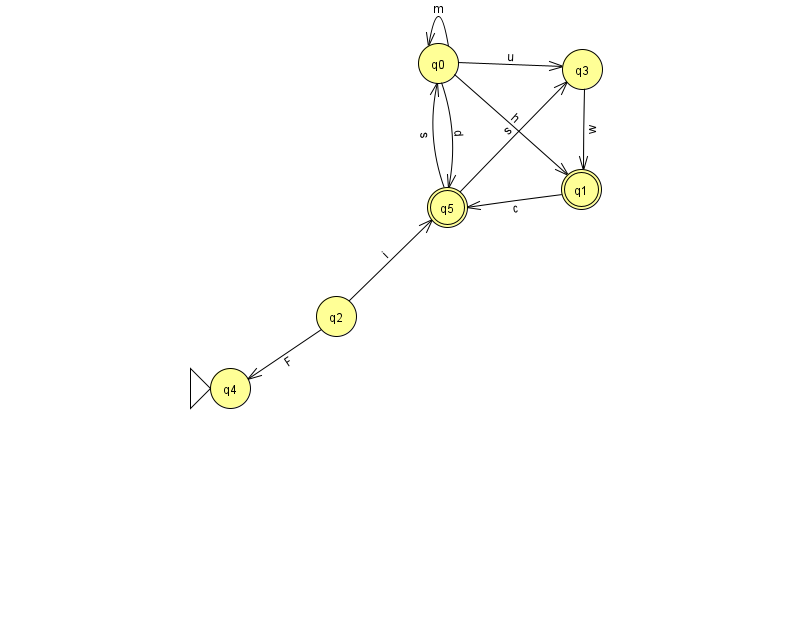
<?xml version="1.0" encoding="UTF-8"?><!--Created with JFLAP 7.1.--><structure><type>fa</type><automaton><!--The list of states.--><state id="0" name="q0"><x>438.0</x><y>50.0</y></state><state id="1" name="q1"><x>581.0</x><y>176.0</y><final/></state><state id="2" name="q2"><x>336.0</x><y>303.0</y></state><state id="3" name="q3"><x>582.0</x><y>56.0</y></state><state id="4" name="q4"><x>230.0</x><y>375.0</y><initial/></state><state id="5" name="q5"><x>447.0</x><y>194.0</y><final/></state><!--The list of transitions.--><transition><from>0</from><to>3</to><read>u</read></transition><transition><from>2</from><to>4</to><read>F</read></transition><transition><from>3</from><to>1</to><read>w</read></transition><transition><from>5</from><to>0</to><read>s</read></transition><transition><from>2</from><to>5</to><read>i</read></transition><transition><from>1</from><to>5</to><read>c</read></transition><transition><from>0</from><to>0</to><read>m</read></transition><transition><from>0</from><to>1</to><read>h</read></transition><transition><from>0</from><to>5</to><read>d</read></transition><transition><from>5</from><to>3</to><read>s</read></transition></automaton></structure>